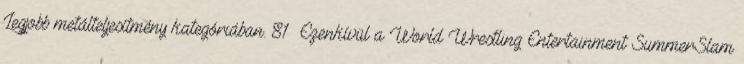
Legjobb metálteljesítmény kategóriában. 81 Ezenkívül a World Wrestling Entertainment SummerSlam